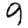
Digit: 9